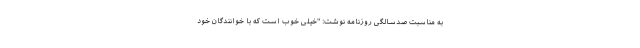
به مناسبت صدسالگی روزنامه نوشت: "خیلی خوب است که با خوانندگان خود